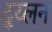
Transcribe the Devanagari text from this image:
द्य्लन